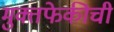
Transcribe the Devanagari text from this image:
मुक्तफेकीची